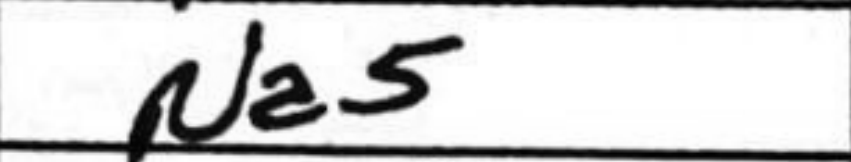
Transcription: Na5